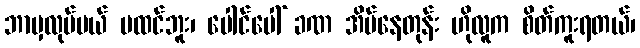
ဘာမှလုပ်မယ် မထင်ဘူး၊ ပေါင်ပေါ် ခဏ အိပ်နေတုန်း ဟိုလူက စိတ်ကူးရတယ်၊